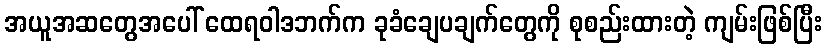
အယူအဆတွေအပေါ် ထေရဝါဒဘက်က ခုခံချေပချက်တွေကို စုစည်းထားတဲ့ ကျမ်းဖြစ်ပြီး